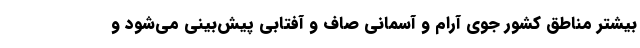
بیشتر مناطق کشور جوی آرام و آسمانی صاف و آفتابی پیش‌بینی می‌شود و